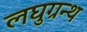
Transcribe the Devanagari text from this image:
लघुग्रन्थ